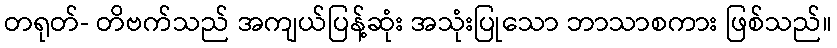
တရုတ်- တိဗက်သည် အကျယ်ပြန့်ဆုံး အသုံးပြုသော ဘာသာစကား ဖြစ်သည်။